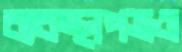
ব্যবস্থাপত্রও